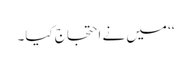
‘‘ میں نے احتجاج کیا۔